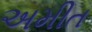
અમીત